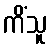
ကိံသူ